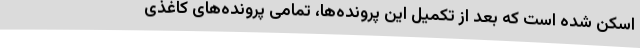
اسکن شده است که بعد از تکمیل این پرونده‌ها، تمامی پرونده‌های کاغذی